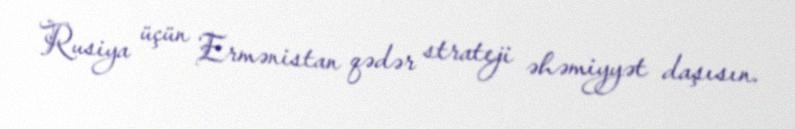
Rusiya üçün Ermənistan qədər strateji əhəmiyyət daşısın.